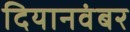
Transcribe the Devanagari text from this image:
दियानवंबर